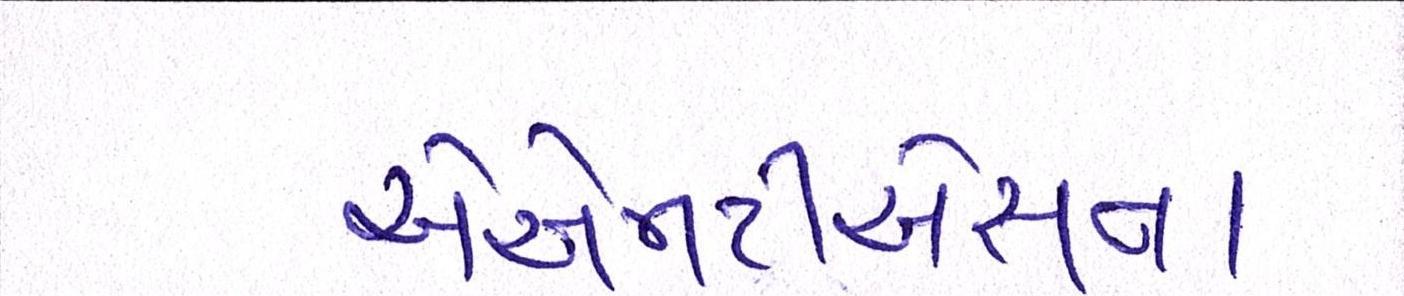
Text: એએમટીએસના